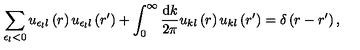
\sum _ { \epsilon _ { l } < 0 } u _ { \epsilon _ { l } l } \left( r \right) u _ { \epsilon _ { l } l } \left( r ^ { \prime } \right) + \int _ { 0 } ^ { \infty } \frac { \mathrm { d } k } { 2 \pi } u _ { k l } \left( r \right) u _ { k l } \left( r ^ { \prime } \right) = \delta \left( r - r ^ { \prime } \right) ,